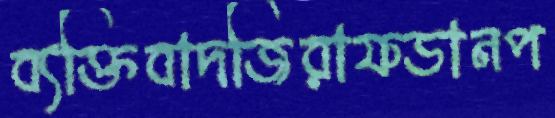
ব্যক্তিবাদজিরাফডানপ